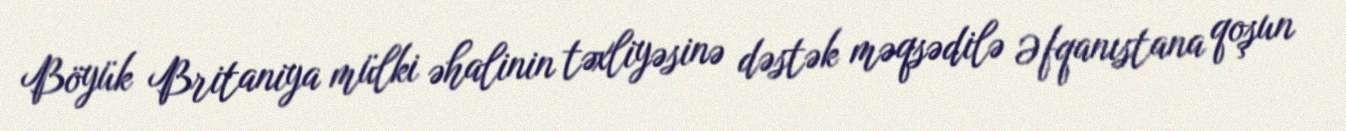
Böyük Britaniya mülki əhalinin təxliyəsinə dəstək məqsədilə Əfqanıstana qoşun